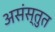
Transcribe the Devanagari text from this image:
असंस्तुत